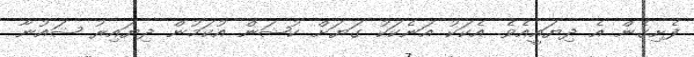
ފެށިގެން އެ ދިޔައީއެވެ. އެކަކު އަނެކަކު ގަޔަށް ކުޝަން އުކަމުން ދިޔައިރު ޝައުނާ